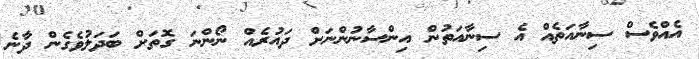
އެއްވެސް ސިނާއަތެއް އެ ސިނާއަތުން އިންސާނުންނަށް ދައުރެއް ނޯންނަ ގޮތަށް ބަދަލުވެގެން ދާނެ